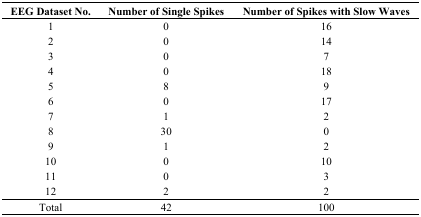
<table><thead><tr><td><b>EEG Dataset No.</b></td><td><b>Number of Single Spikes</b></td><td><b>Number of Spikes with Slow Waves</b></td></tr></thead><tbody><tr><td>1</td><td>0</td><td>16</td></tr><tr><td>2</td><td>0</td><td>14</td></tr><tr><td>3</td><td>0</td><td>7</td></tr><tr><td>4</td><td>0</td><td>18</td></tr><tr><td>5</td><td>8</td><td>9</td></tr><tr><td>6</td><td>0</td><td>17</td></tr><tr><td>7</td><td>1</td><td>2</td></tr><tr><td>8</td><td>30</td><td>0</td></tr><tr><td>9</td><td>1</td><td>2</td></tr><tr><td>10</td><td>0</td><td>10</td></tr><tr><td>11</td><td>0</td><td>3</td></tr><tr><td>12</td><td>2</td><td>2</td></tr><tr><td>Total</td><td>42</td><td>100</td></tr></tbody></table>